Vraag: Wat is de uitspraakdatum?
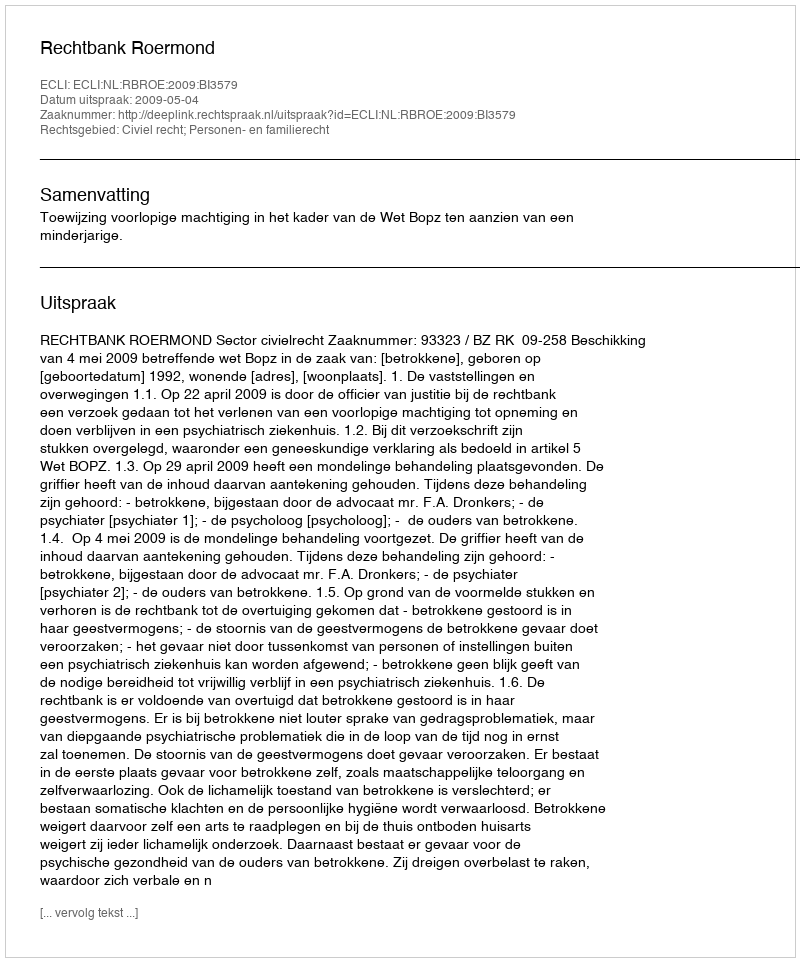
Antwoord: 2009-05-04